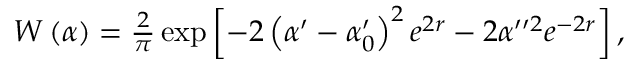
\begin{array} { r } { W \left( \alpha \right) = \frac { 2 } { \pi } \exp \left[ - 2 \left( \alpha ^ { \prime } - \alpha _ { 0 } ^ { \prime } \right) ^ { 2 } e ^ { 2 r } - 2 \alpha ^ { \prime \prime 2 } e ^ { - 2 r } \right] , } \end{array}